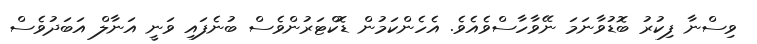
ވިސްނާ ފިކުރު ބޮޑުވާނަމަ ނޭވާހާސްވެއެވެ. އެހެންކަމުން ޑޮކްޓަރުންވެސް ބުނެފައި ވަނީ އަނާލް އަބަދުވެސް